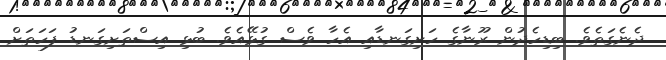
ދެނެގަތެވެ. ބިޑިހެދުން ރޫނާގެ ހަށިގަނޑާއި އެހާ ވެސް ގުޅޭއެވެ. ބުޅި އިސްތަށިގަނޑު ފަހަތަށް